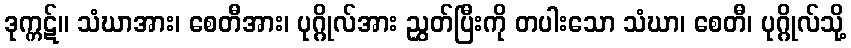
ဒုက္ကဋ်။ သံဃာအား၊ စေတီအား၊ ပုဂ္ဂိုလ်အား ညွှတ်ပြီးကို တပါးသော သံဃာ၊ စေတီ၊ ပုဂ္ဂိုလ်သို့